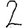
Digit: 2